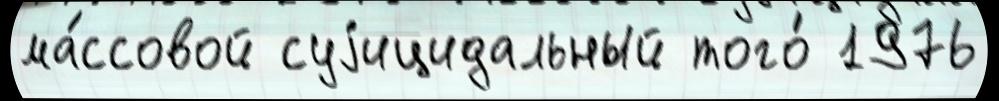
ма́ссовой суjицидальный того́ 1976